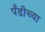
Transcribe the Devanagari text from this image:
पँडीच्या